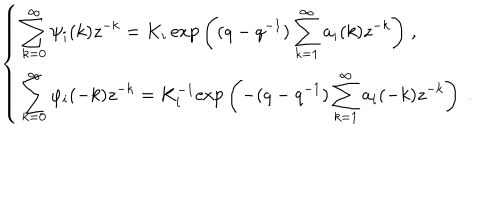
\hspace { . 5 i n } \left\{ \begin{array} { l } { { \displaystyle { \sum _ { k = 0 } ^ { \infty } \psi _ { i } ( k ) z ^ { - k } = K _ { i } \, \mathrm { e x p } \left( ( q - q ^ { - 1 } ) \sum _ { k = 1 } ^ { \infty } a _ { i } ( k ) z ^ { - k } \right) \; } , } } \\ { { \displaystyle { \sum _ { k = 0 } ^ { \infty } \varphi _ { i } ( - k ) z ^ { - k } = K _ { i } ^ { - 1 } \mathrm { e x p } \left( - ( q - q ^ { - 1 } ) \sum _ { k = 1 } ^ { \infty } a _ { i } ( - k ) z ^ { - k } \right) \; . } } } \\ \end{array} \right.